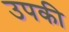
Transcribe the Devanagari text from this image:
उपकी